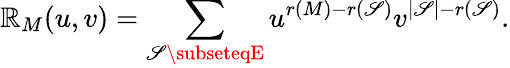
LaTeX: \mathbb{R}_{M}(u,v)=\sum_{\mathscr{S}\subseteqE}u^{r(M)-r(\mathscr{S})}v^{|\mathscr{S}|-r(\mathscr{S})}.